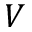
V